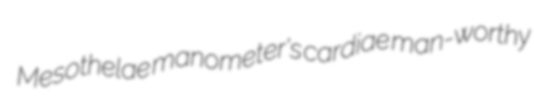
Mesothelae manometer's cardiae man-worthy